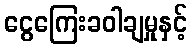
ငွေကြေးခဝါချမှုနှင့်